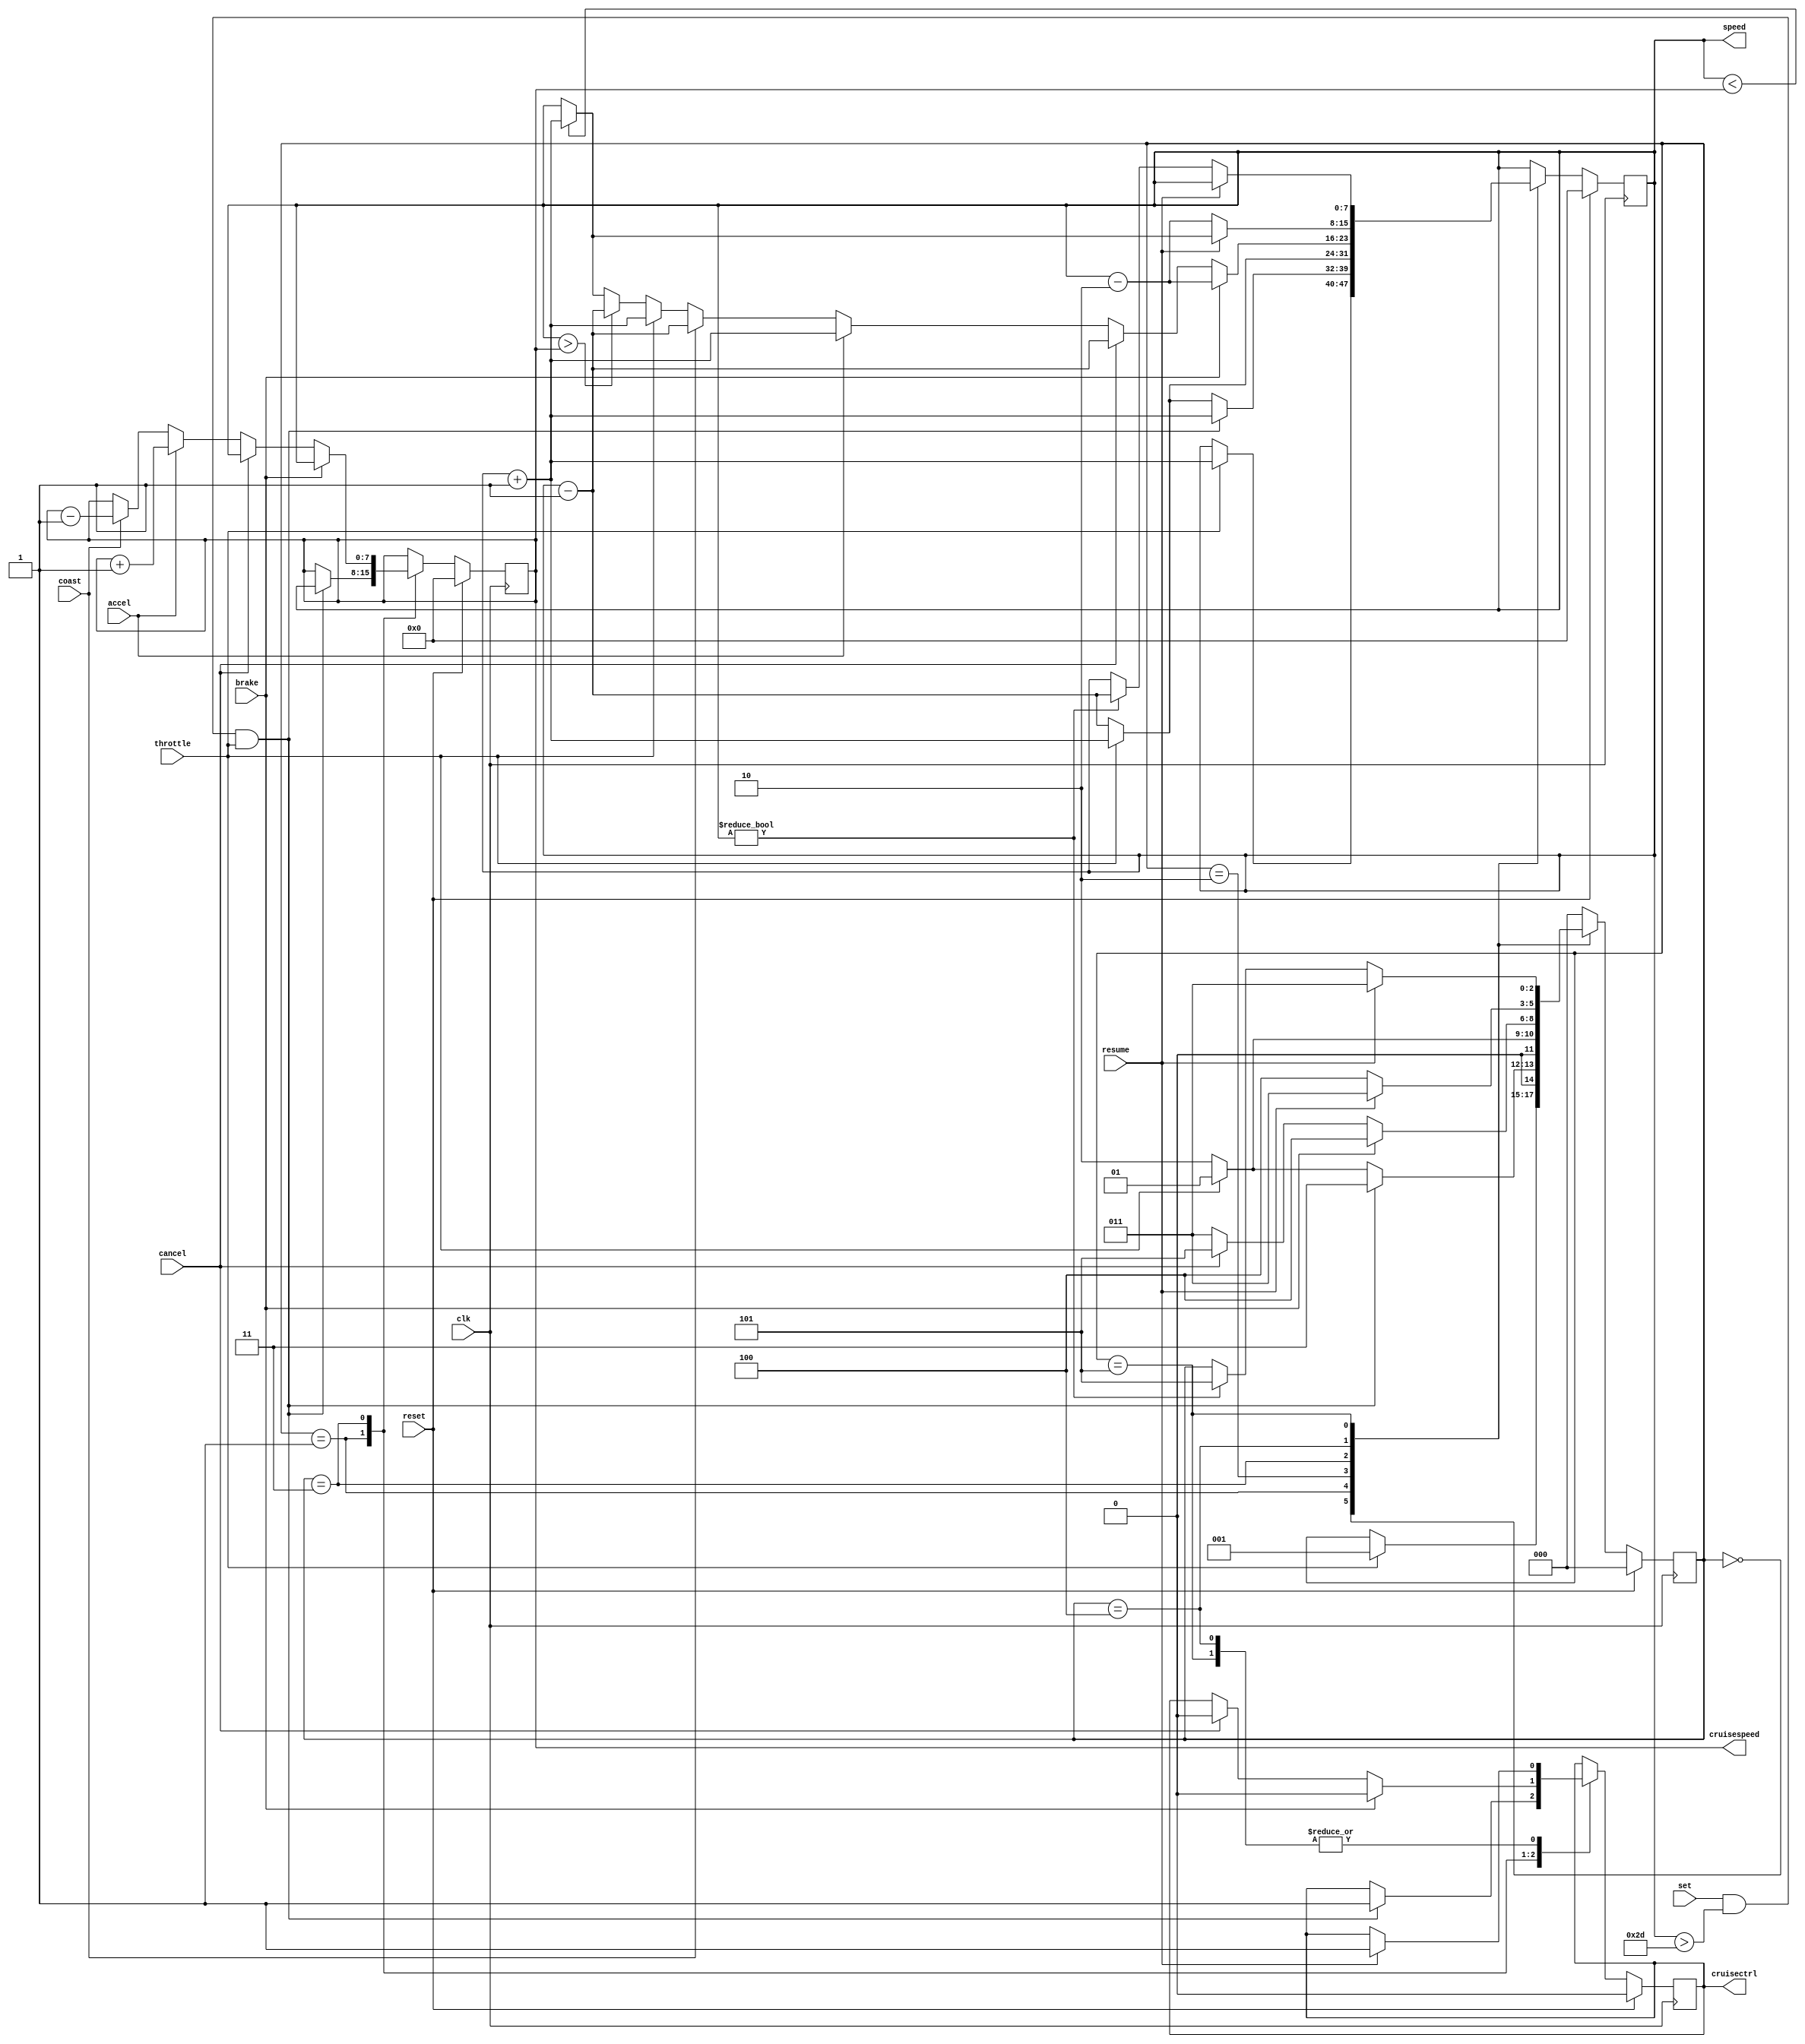
module cruisecontrol(

//input and outputs
input wire clk,
input wire reset,
input wire throttle,
input wire set,
input wire accel,
input wire coast,
input wire cancel,
input wire resume,
input wire brake,

output reg [7:0] speed,
output reg [7:0] cruisespeed,
output reg cruisectrl );

reg [2:0] state;

//States of FSM
parameter INIT = 3'b000;
parameter ACC  = 3'b001;
parameter DEC  = 3'b010;
parameter CRCT = 3'b011;
parameter BRK  = 3'b100;
parameter CNCL = 3'b101;

//code starts here
//

always @(posedge clk)
begin
  if(reset == 1'b1) 
     begin
     state <= #1 INIT;
     speed <= 7'b0;
     cruisespeed <= 7'b0;
     cruisectrl <= 0; 
     end 
  else 
      case(state) 
          INIT:if(throttle == 1'b1) 
		  begin
                  state <= #1 ACC;
                  speed <= speed + 1'b1;
                  end
           ACC:if (set == 1'b1 & speed > 7'b0010_1101 & throttle == 1)
                   begin 
                   state <= #1 CRCT;
		   speed <= speed + 1'b1;
		   cruisespeed <= speed;
                   cruisectrl <= 1'b1;
		   end 
	       else if (throttle == 0)
                   begin
          	   state <= #1 DEC;
                   speed <= speed - 1'b1;
		   end
               else
                   begin
                   state <= #1 ACC;
                   speed <= speed + 1'b1;
		   end
           DEC:if (throttle == 1'b1)
		   begin
                   state <= #1 ACC;
                   speed <= speed + 1'b1;
		   end
               else if(throttle == 0)
		   begin
          	   state <= #1 DEC;
                   speed <= speed - 1'b1;
                   end
           CRCT:if(brake == 1'b1)
                   begin 
                   state <= #1 BRK;   
		   speed <= speed - 2'b10;
		   cruisespeed <= speed;
                   cruisectrl <= 1'b0;
  		   end
                else if(cancel == 1'b1)
                   begin
                   state <= #1 CNCL;
		   cruisespeed <= speed;
                   speed <= speed - 1'b1;
                   cruisectrl <= 1'b0;
                   end   
		else if (accel == 1'b1)
                   begin
                   state <= #1 CRCT;
                   cruisespeed <= cruisespeed + 1'b1;
                   speed <= speed + 1'b1;
                   end
                else if (coast == 1'b1)
                   begin
                   state <= #1 CRCT;
                   cruisespeed <= cruisespeed - 1'b1;
                   speed <= speed - 1'b1;
                   end
                else if(throttle == 1'b1)
                   begin
                   state <= #1 CRCT;
                   speed <= speed + 1'b1;
		   end     
                else if(throttle == 1'b0)
                   begin 
                   state <= #1 CRCT;
                        if(speed > cruisespeed)
                          begin
 			  speed <= speed - 1'b1;
			  end
                        else if (speed < cruisespeed)
                	begin
                	speed <= speed + 1'b1;
                	end
                   end                 
           BRK:if(resume == 1'b1)
 		begin
		state <= #1 CRCT;
                cruisectrl <= 1'b1;
		if (speed < cruisespeed)
		begin
		speed <= speed + 1'b1;
		end		
		end  
               else  
		 begin
		   state <= #1 BRK;
		   speed <= speed - 2'b10;
		 end
           CNCL:if(resume == 1'b1)
 		begin
		state <= #1 CRCT;
                cruisectrl <= 1'b1;
		end  
               else if (speed != 7'b0) 
		begin
		   state <= #1 CNCL;
		   speed <= speed - 1'b1;
		end
          default: state <= #1 INIT;
endcase
end

endmodule